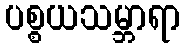
ပစ္စယသမ္ဘာရာ